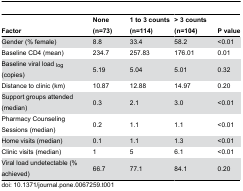
<table><thead><tr><td><b>Factor</b></td><td><b>None (n=73)</b></td><td><b>1 to 3 counts (n=114)</b></td><td><b>&gt; 3 counts (n=104)</b></td><td><b>P value</b></td></tr></thead><tbody><tr><td>Gender (% female)</td><td>8.8</td><td>33.4</td><td>58.2</td><td>&lt;0.01</td></tr><tr><td>Baseline CD4 (mean)</td><td>234.7</td><td>257.83</td><td>176.01</td><td>0.01</td></tr><tr><td>Baseline viral load <sub>log</sub> (copies)</td><td>5.19</td><td>5.04</td><td>5.01</td><td>0.32</td></tr><tr><td>Distance to clinic (km)</td><td>10.87</td><td>12.88</td><td>14.97</td><td>0.20</td></tr><tr><td>Support groups attended (median)</td><td>0.3</td><td>2.1</td><td>3.0</td><td>&lt;0.01</td></tr><tr><td>Pharmacy Counseling Sessions (median)</td><td>0.2</td><td>1.1</td><td>1.1</td><td>&lt;0.01</td></tr><tr><td>Home visits (median)</td><td>0.1</td><td>1.1</td><td>1.3</td><td>&lt;0.01</td></tr><tr><td>Clinic visits (median)</td><td>1</td><td>5</td><td>6.1</td><td>&lt;0.01</td></tr><tr><td>Viral load undetectable (% achieved)</td><td>66.7</td><td>77.1</td><td>84.1</td><td>0.20</td></tr></tbody></table>